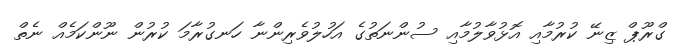
ގްރޫޕް ޒިނޭ ކުރުމާއި އޮޅުވާލުމާއި ސުންނަތުގެ އަހުލުވެރިންނާ ހަނގުރާމަ ކުރުން ނޫންކަމެއް ނެތް